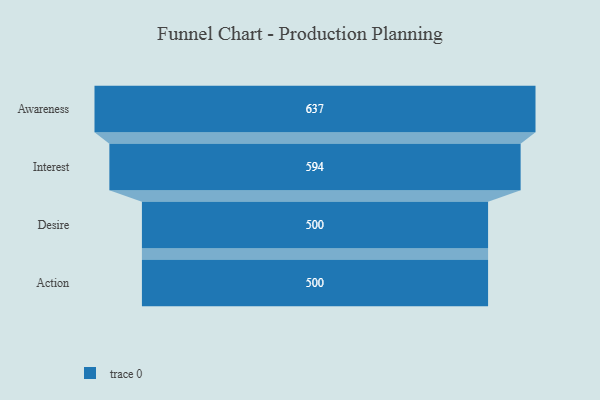
{"axis": {"x": "Stage", "y": "Value"}, "legend": [""], "data": [{"x": "Awareness", "y": 637.0, "type": ""}, {"x": "Interest", "y": 594.0, "type": ""}, {"x": "Desire", "y": 500, "type": ""}, {"x": "Action", "y": 500, "type": ""}]}